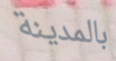
بالمدينة